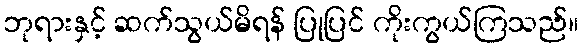
ဘုရားနှင့် ဆက်သွယ်မိရန် ပြုပြင် ကိုးကွယ်ကြသည်။